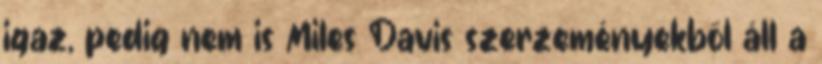
igaz, pedig nem is Miles Davis szerzeményekből áll a